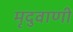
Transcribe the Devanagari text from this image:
मृदुवाणी